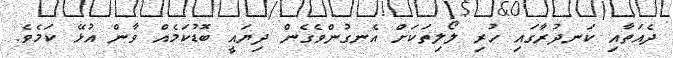
ދެއަތާއި ކަނދުރާގައި ހުރި ލޯލިތަކަށް އެނގުންވެގެން ދިޔައީ ބޮޑުކަމެއް ވާން އުޅޭ ކަމެވެ.